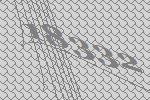
18332